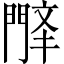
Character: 𫔤